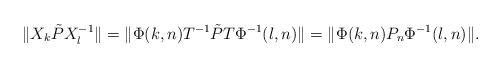
LaTeX: \begin{align*}\|X_{k}\tilde{P}X^{-1}_{l}\|=\|\Phi(k,n)T^{-1} \tilde{P}T\Phi^{-1}(l,n)\|=\|\Phi(k,n)P_{n}\Phi^{-1}(l,n)\|. \end{align*}